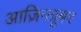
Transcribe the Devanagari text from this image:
आज़िनग्रूबर